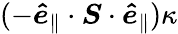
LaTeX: (-\boldsymbol{\hat{e}}_{\parallel}\cdot\boldsymbol{S}\cdot\boldsymbol{\hat{e}}_{\parallel})\kappa